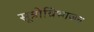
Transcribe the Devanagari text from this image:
सूत्रोविभाजन